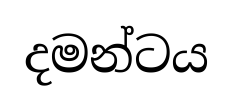
දමන්ටය